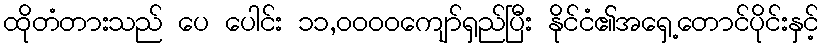
ထိုတံတားသည် ပေ ပေါင်း ၁၁,၀၀၀၀ကျော်ရှည်ပြီး နိုင်ငံ၏အရှေ့တောင်ပိုင်းနှင့်